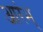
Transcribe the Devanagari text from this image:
आरंभ्